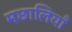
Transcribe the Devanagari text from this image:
मछालियाँ